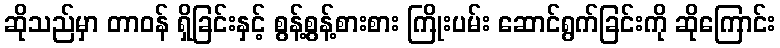
ဆိုသည်မှာ တာဝန် ရှိခြင်းနှင့် စွန့်စွန့်စားစား ကြိုးပမ်း ဆောင်ရွက်ခြင်းကို ဆိုကြောင်း